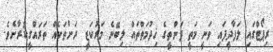
ރިޕޯޓްގައި ލަފާދީފައި ވަނީ މަތީ ފަންތީގެ ޚިދުމަތްތައް ލިބޭނެ މަރުކަޒީ ރަށްތަކެއް ތަރައްގީކުރާށެވެ.